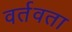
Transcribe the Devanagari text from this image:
वर्तवता